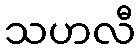
သဟလီ